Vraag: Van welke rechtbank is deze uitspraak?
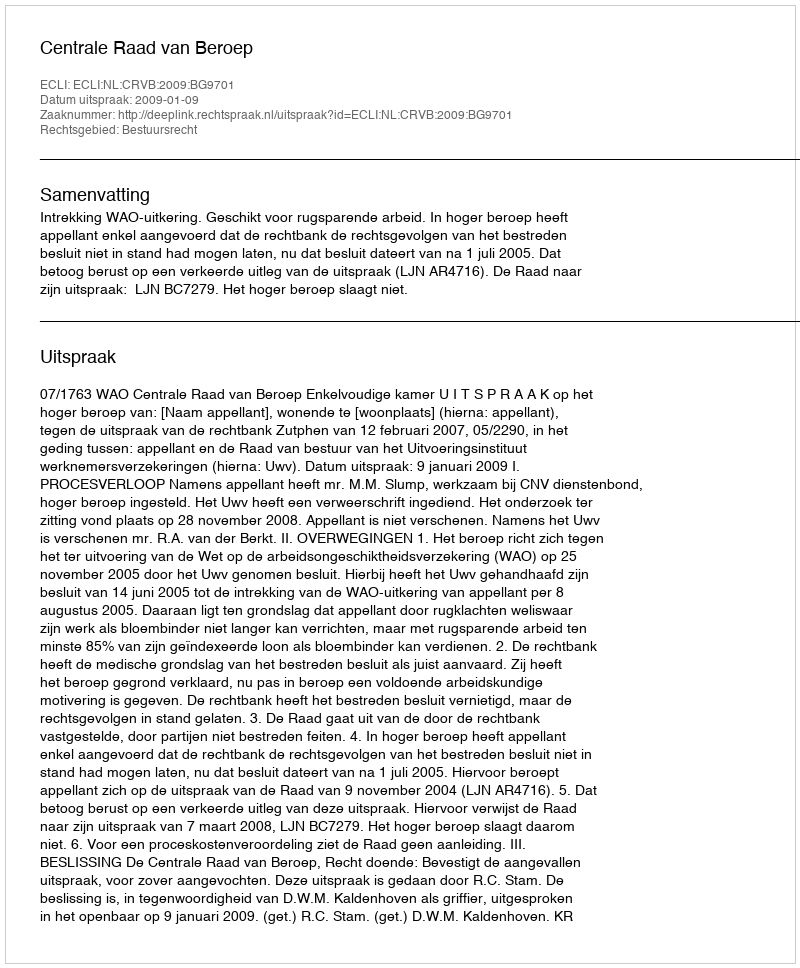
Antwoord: Centrale Raad van Beroep